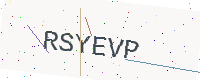
Text: RSYEVP